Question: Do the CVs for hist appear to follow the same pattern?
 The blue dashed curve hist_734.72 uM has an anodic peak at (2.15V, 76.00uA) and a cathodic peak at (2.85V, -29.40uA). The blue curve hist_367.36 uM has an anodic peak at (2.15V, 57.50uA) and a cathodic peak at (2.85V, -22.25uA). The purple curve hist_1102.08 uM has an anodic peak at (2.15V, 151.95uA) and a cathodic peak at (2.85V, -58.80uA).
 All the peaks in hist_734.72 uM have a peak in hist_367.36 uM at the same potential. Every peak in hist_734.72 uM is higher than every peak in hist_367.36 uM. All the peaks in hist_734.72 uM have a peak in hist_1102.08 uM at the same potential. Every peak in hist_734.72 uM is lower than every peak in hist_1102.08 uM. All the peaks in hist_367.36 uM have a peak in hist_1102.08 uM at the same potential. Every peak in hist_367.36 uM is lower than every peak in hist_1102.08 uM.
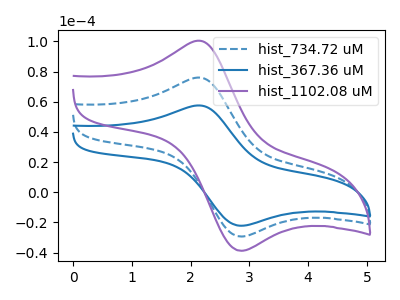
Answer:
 <answer>All the CV's of "hist" have similar shape.</answer>
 <eval>follow_rule</eval>